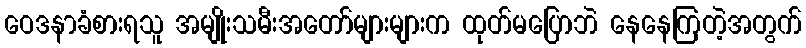
ဝေဒနာခံစားရသူ အမျိုးသမီးအတော်များများက ထုတ်မပြောဘဲ နေနေကြတဲ့အတွက်